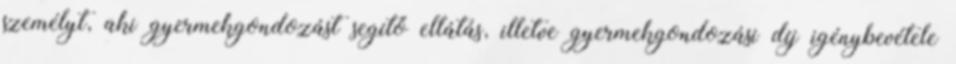
személyt, aki gyermekgondozást segítő ellátás, illetve gyermekgondozási díj igénybevétele